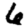
Digit: 8